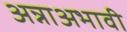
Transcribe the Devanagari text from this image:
अन्नाअभावी